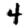
Digit: 4